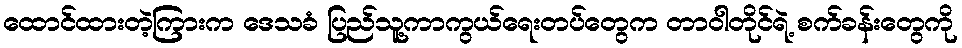
ထောင်ထားတဲ့ကြားက ဒေသခံ ပြည်သူ့ကာကွယ်ရေးတပ်တွေက တာဝါတိုင်ရဲ့ စက်ခန်းတွေကို